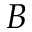
\boldsymbol { B }